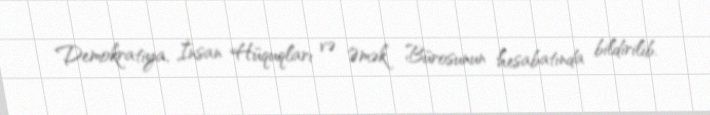
Demokratiya, İnsan Hüquqları və Əmək Bürosunun hesabatında bildirilib.